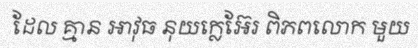
ដែល គ្មាន អាវុធ នុយក្លេអ៊ែរ ពិភពលោក មួយ